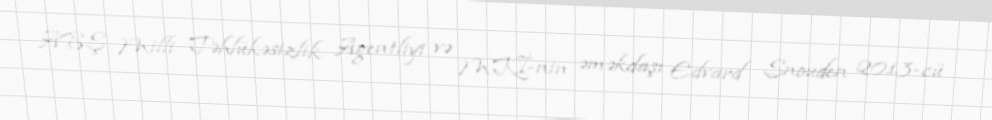
ABŞ Milli Təhlükəsizlik Agentliyi və MKİ-nin əməkdaşı Edvard Snouden 2013-cü